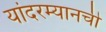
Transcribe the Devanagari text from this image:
यांदरम्यानची